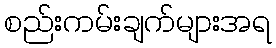
စည်းကမ်းချက်များအရ